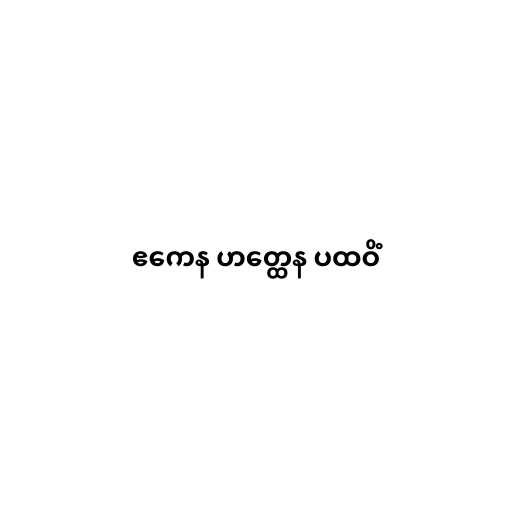
ဧကေန ဟတ္ထေန ပထဝိံ